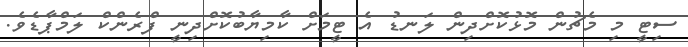
ސިޓީ މި މެޗުން މޮޅުކޮށްދިން ލަނޑު އެ ޓީމަށް ކާމިޔާބުކޮށްދިނީ ފްރެންކް ލަމްޕާޑެވެ.